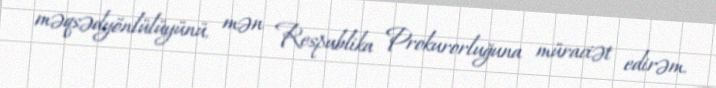
məqsədyönlülüyünü, mən Respublika Prokurorluğuna müraciət edirəm.